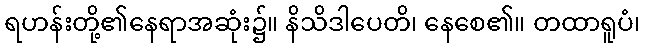
ရဟန်းတို့၏နေရာအဆုံး၌။ နိသိဒါပေတိ၊ နေစေ၏။ တထာရူပံ၊